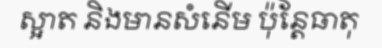
ស្អាត និងមានសំនើម ប៉ុន្តែធាតុ